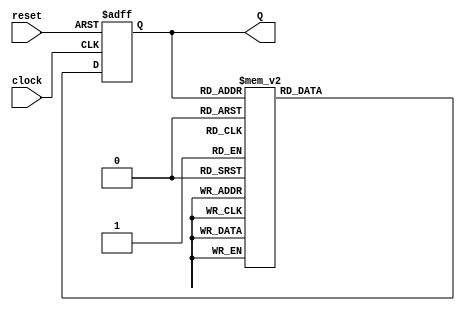
module johnson_counter (
    input wire clock,
    input wire reset,
    output reg [3:0] Q
);

    // State encoding
    parameter S0 = 4'b0000;
    parameter S1 = 4'b1000;
    parameter S2 = 4'b1100;
    parameter S3 = 4'b1110;
    parameter S4 = 4'b1111;
    parameter S5 = 4'b0111;
    parameter S6 = 4'b0011;
    parameter S7 = 4'b0001;

    // Current state variable
    reg [3:0] current_state;

    // State transition logic
    always @(posedge clock or posedge reset) begin
        if (reset) begin
            current_state <= S0; // Reset to state 0000
        end else begin
            case (current_state)
                S0: current_state <= S1; // 0000 -> 1000
                S1: current_state <= S2; // 1000 -> 1100
                S2: current_state <= S3; // 1100 -> 1110
                S3: current_state <= S4; // 1110 -> 1111
                S4: current_state <= S5; // 1111 -> 0111
                S5: current_state <= S6; // 0111 -> 0011
                S6: current_state <= S7; // 0011 -> 0001
                S7: current_state <= S0; // 0001 -> 0000
                default: current_state <= S0; // Default to state 0000
            endcase
        end
    end

    // Output logic (Moore output)
    always @(*) begin
        Q = current_state; // Output is the current state
    end

endmodule